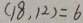
( 1 8 , 1 2 ) = 6